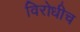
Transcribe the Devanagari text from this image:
विरोधीच